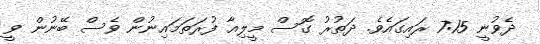
ދެވުނީ 7:15 ރައިގައެވެ. ދަތުރު ގޮސް މީލިއާ ފުރަތަމައިނުން ވެސް ބޭނުން ވީ